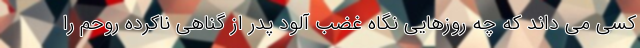
کسی می داند که چه روزهایی نگاه غضب آلود پدر از گناهی ناکرده روحم را